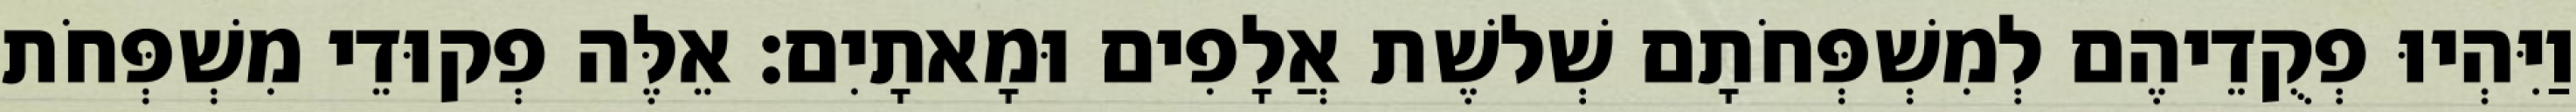
וַיִּהְיוּ פְקֻדֵיהֶם לְמִשְׁפְּחֹתָם שְׁלשֶׁת אֲלָפִים וּמָאתָיִם׃ אֵלֶּה פְקוּדֵי מִשְׁפְּחֹת